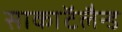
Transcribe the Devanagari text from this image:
साकाॅटलैन्ड